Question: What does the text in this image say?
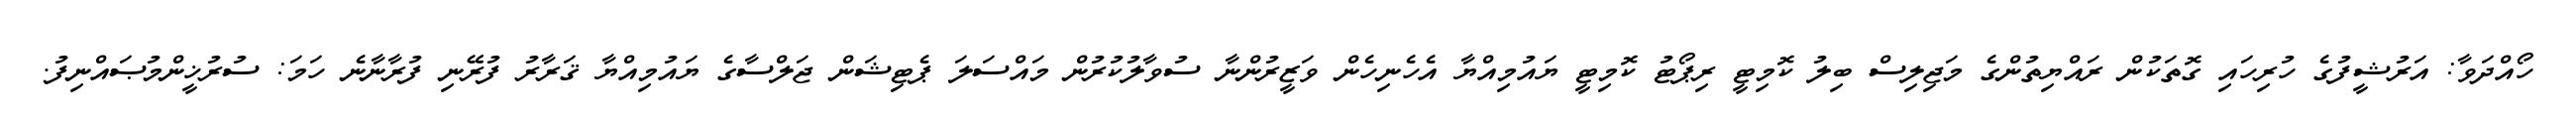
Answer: ހޯއްދަވާ: އަރުޝީފުގެ ހުރިހައި ގޮތަކުން ރައްޔިތުންގެ މަޖިލިސް ބިލު ކޮމިޓީ ރިޕޯޓު ކޮމިޓީ ޔައުމިއްޔާ އެހެނިހެން ވަޒީރުންނާ ސުވާލުކުރުން މައްސަލަ ޕެޓިޝަން ޖަލްސާގެ ޔައުމިއްޔާ ޤަރާރު ފުރޭނި ފުރާނާނެ ހަމަ: ސުރުޚީންމުޞައްނިފު.